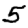
Digit: 5